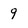
Character: 9